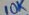
Text: 10K